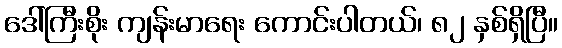
ဒေါ်ကြီးစိုး ကျန်းမာရေး ကောင်းပါတယ်၊ ၈၂ နှစ်ရှိပြီ။